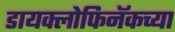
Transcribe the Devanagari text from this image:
डायक्लोफिनॅकच्या